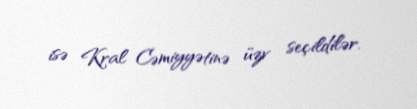
isə Kral Cəmiyyətinə üzv seçildilər.